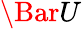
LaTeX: \Bar{U}